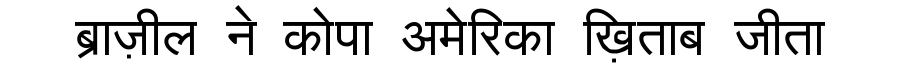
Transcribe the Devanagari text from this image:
ब्राज़ील ने कोपा अमेरिका ख़िताब जीता